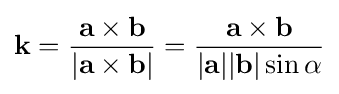
\mathbf {k} ={\frac {\mathbf {a} \times \mathbf {b} }{|\mathbf {a} \times \mathbf {b} |}}={\frac {\mathbf {a} \times \mathbf {b} }{|\mathbf {a} ||\mathbf {b} |\sin \alpha }}